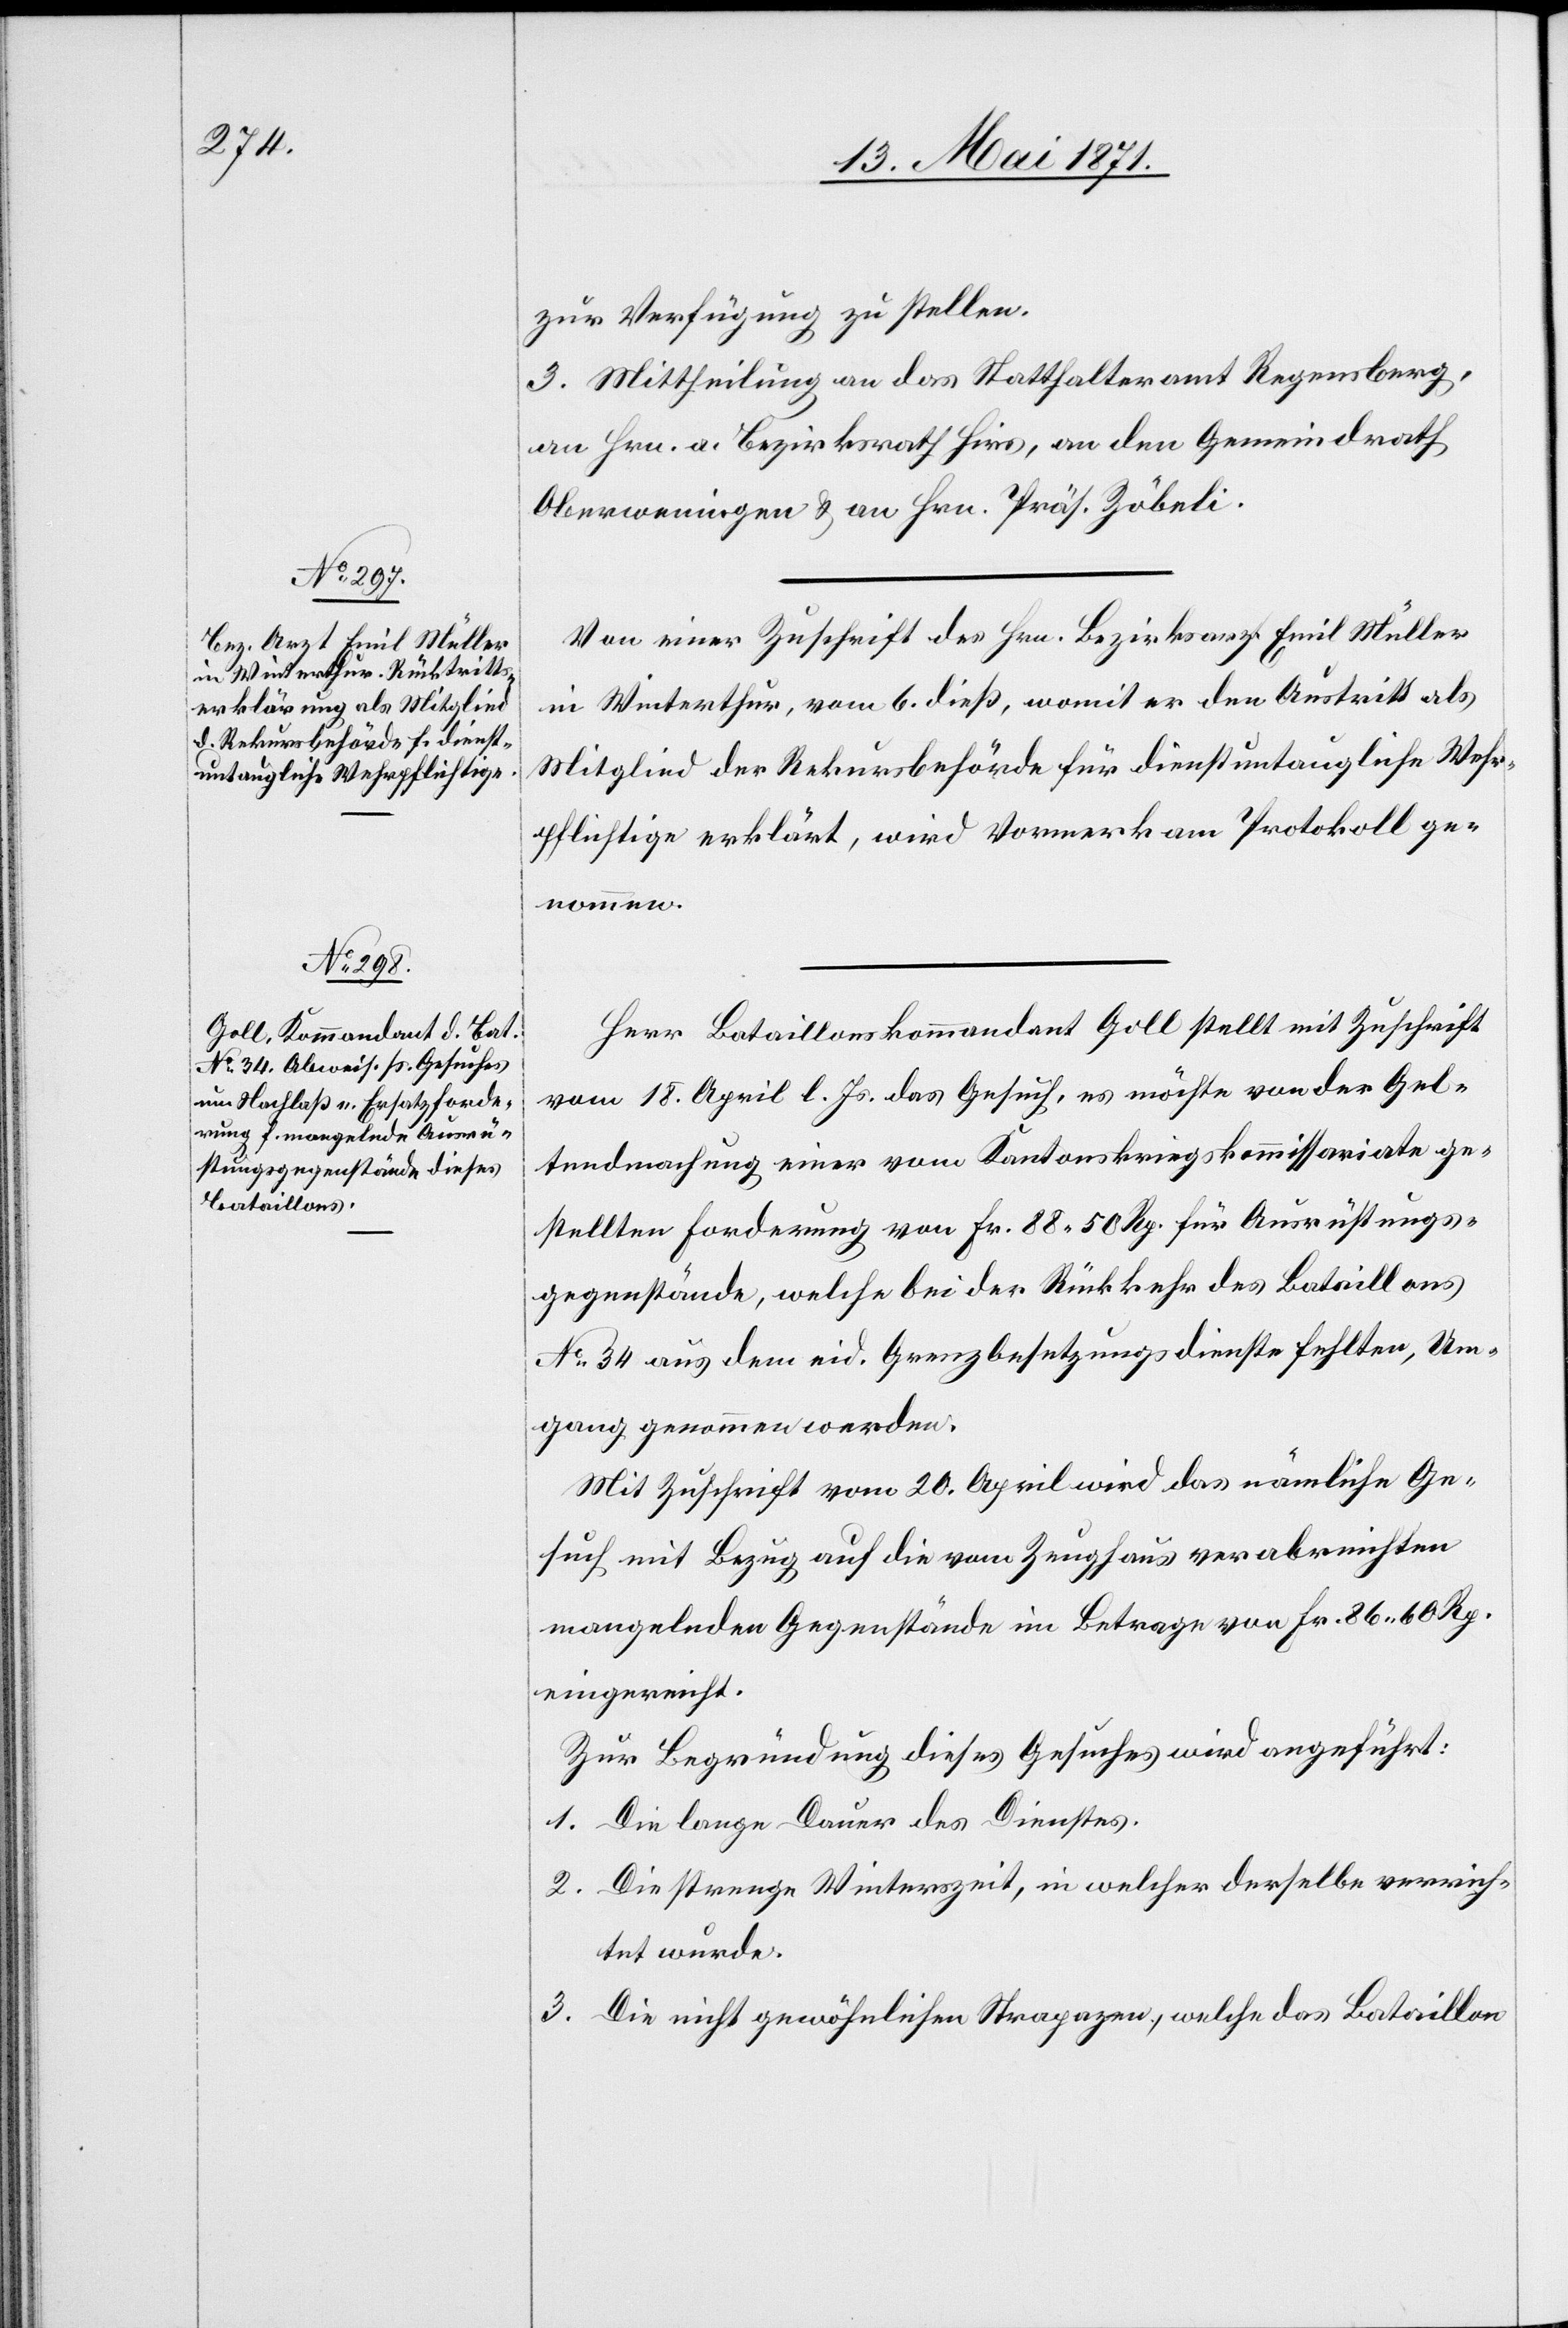
zur Verfügung zu stellen.
3. Mittheilung an das Statthalteramt Regensberg,
an Hrn. a. Bezirksrath Hirs, an den Gemeindrath
Oberweningen u. an Hrn. Präs. Zöbeli.
Von einer Zuschrift des Hrn. Bezirksarzt Emil Müller
in Winterthur, vom 6. dieß, womit er den Austritt als
Mitglied der Rekursbehörde für dienstuntaugliche Wehr¬
pflichtige erklärt, wird Vormerk am Protokoll ge¬
nommen.
Herr Bataillonskommandant Goll stellt mit Zuschrift
vom 18. April l. Js. das Gesuch, es möchte von der Gel¬
tendmachung einer vom Kantonskriegskommissariate ge¬
stellten Forderung von Fr. 88.50 Rp. für Ausrüstungs¬
gegenstände, welche bei der Rückkehr des Bataillons
No. 34 aus dem eid. Grenzbesetzungsdienste fehlten, Um¬
gang genommen werden.
Mit Zuschrift vom 20. April wird das nämliche Ge¬
such mit Bezug auf die vom Zeughaus verabreichten
mangelnden Gegenstände im Betrage von Fr. 86.60 Rp.
eingereicht.
Zur Begründung dieses Gesuches wird angeführt:
1. Die lange Dauer des Dienstes.
2. Die strenge Winterzeit, in welcher derselbe verrich¬
tet wurde.
3. Die nicht gewöhnlichen Strapazen, welche das Bataillon